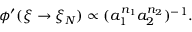
\phi ^ { \prime } ( \xi \rightarrow \xi _ { N } ) \propto ( a _ { 1 } ^ { n _ { 1 } } a _ { 2 } ^ { n _ { 2 } } ) ^ { - 1 } .